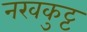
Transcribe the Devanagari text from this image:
नखकुट्ट